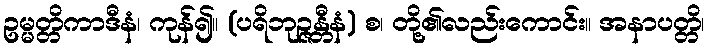
ဥမ္မတ္တိကာဒီနံ၊ ကုန်၍။ (ပရိဘုဉ္ဇန္တီနံ) စ၊ တို့၏လည်းကောင်း။ အနာပတ္တိ၊